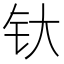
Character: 𰽘